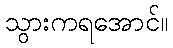
သွားကရအောင်။